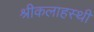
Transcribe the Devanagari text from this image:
श्रीकलाहस्थी